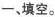
一、填空。